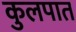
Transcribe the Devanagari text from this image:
कुलपात